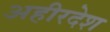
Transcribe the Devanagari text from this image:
अहीरदेश